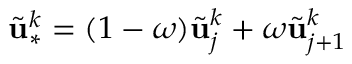
\tilde { \mathbf { u } } _ { \ast } ^ { k } = ( 1 - \omega ) \tilde { \mathbf { u } } _ { j } ^ { k } + \omega \tilde { \mathbf { u } } _ { j + 1 } ^ { k }